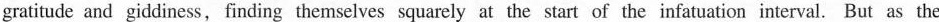
gratitude and giddiness, finding themselves squarely at the start of the infatuation interval. But as the